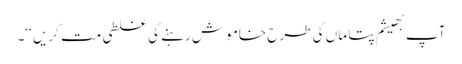
آپ بھیشم پتا ماں کی طرح خامو ش رہنے کی غلطی مت کریں ‘‘۔